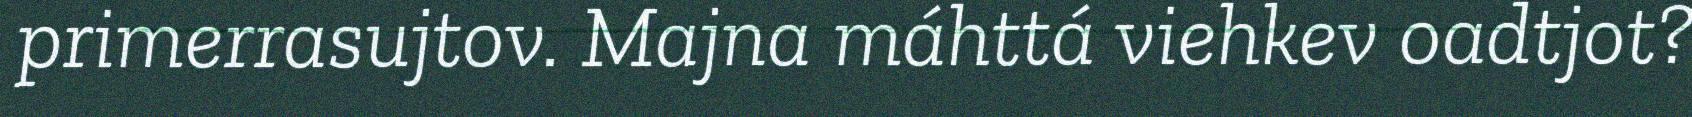
primerrasujtov. Majna máhttá viehkev oadtjot?